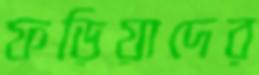
ফড়িয়াদের